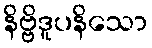
နိဗ္ဗိဒူပနိသော